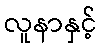
လူနာနှင့်